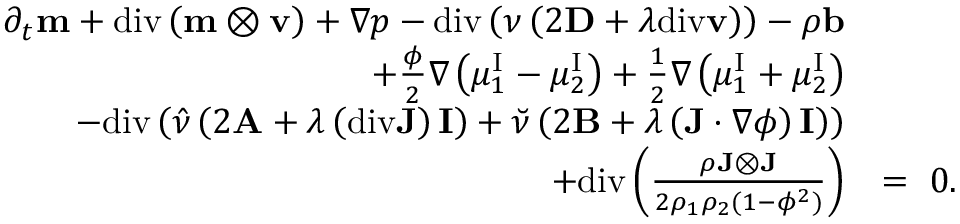
\begin{array} { r l } { \partial _ { t } \mathbf { m } + \mathrm { d i v } \left( \mathbf { m } \otimes \mathbf { v } \right) + \nabla p - \mathrm { d i v } \left( \nu \left( 2 \mathbf { D } + \lambda \mathrm { d i v } \mathbf { v } \right) \right) - \rho \mathbf { b } } & { } \\ { + \frac { \phi } { 2 } \nabla \left( \mu _ { 1 } ^ { \mathrm { I } } - \mu _ { 2 } ^ { \mathrm { I } } \right) + \frac { 1 } { 2 } \nabla \left( \mu _ { 1 } ^ { \mathrm { I } } + \mu _ { 2 } ^ { \mathrm { I } } \right) } & { } \\ { - \mathrm { d i v } \left( \hat { \nu } \left( 2 \mathbf { A } + \lambda \left( \mathrm { d i v } \mathbf { J } \right) \mathbf { I } \right) + \breve { \nu } \left( 2 \mathbf { B } + \lambda \left( \mathbf { J } \cdot \nabla \phi \right) \mathbf { I } \right) \right) } & { } \\ { + \mathrm { d i v } \left( \frac { \rho \mathbf { J } \otimes \mathbf { J } } { 2 \rho _ { 1 } \rho _ { 2 } ( 1 - \phi ^ { 2 } ) } \right) } & { = ~ 0 . } \end{array}